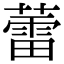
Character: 蕾